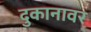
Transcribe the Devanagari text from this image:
दुकानावर